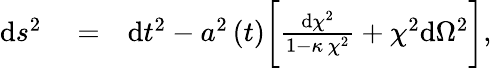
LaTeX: \begin{array}{rlr}{\mathrm{d}s^{2}}&{{}=}&{\mathrm{d}t^{2}-a^{2}\left(t\right)\bigg[\frac{\mathrm{d}\chi^{2}}{1-\kappa\, \chi^{2}}+\chi^{2}\mathrm{d}\Omega^{2}\bigg],}\end{array}